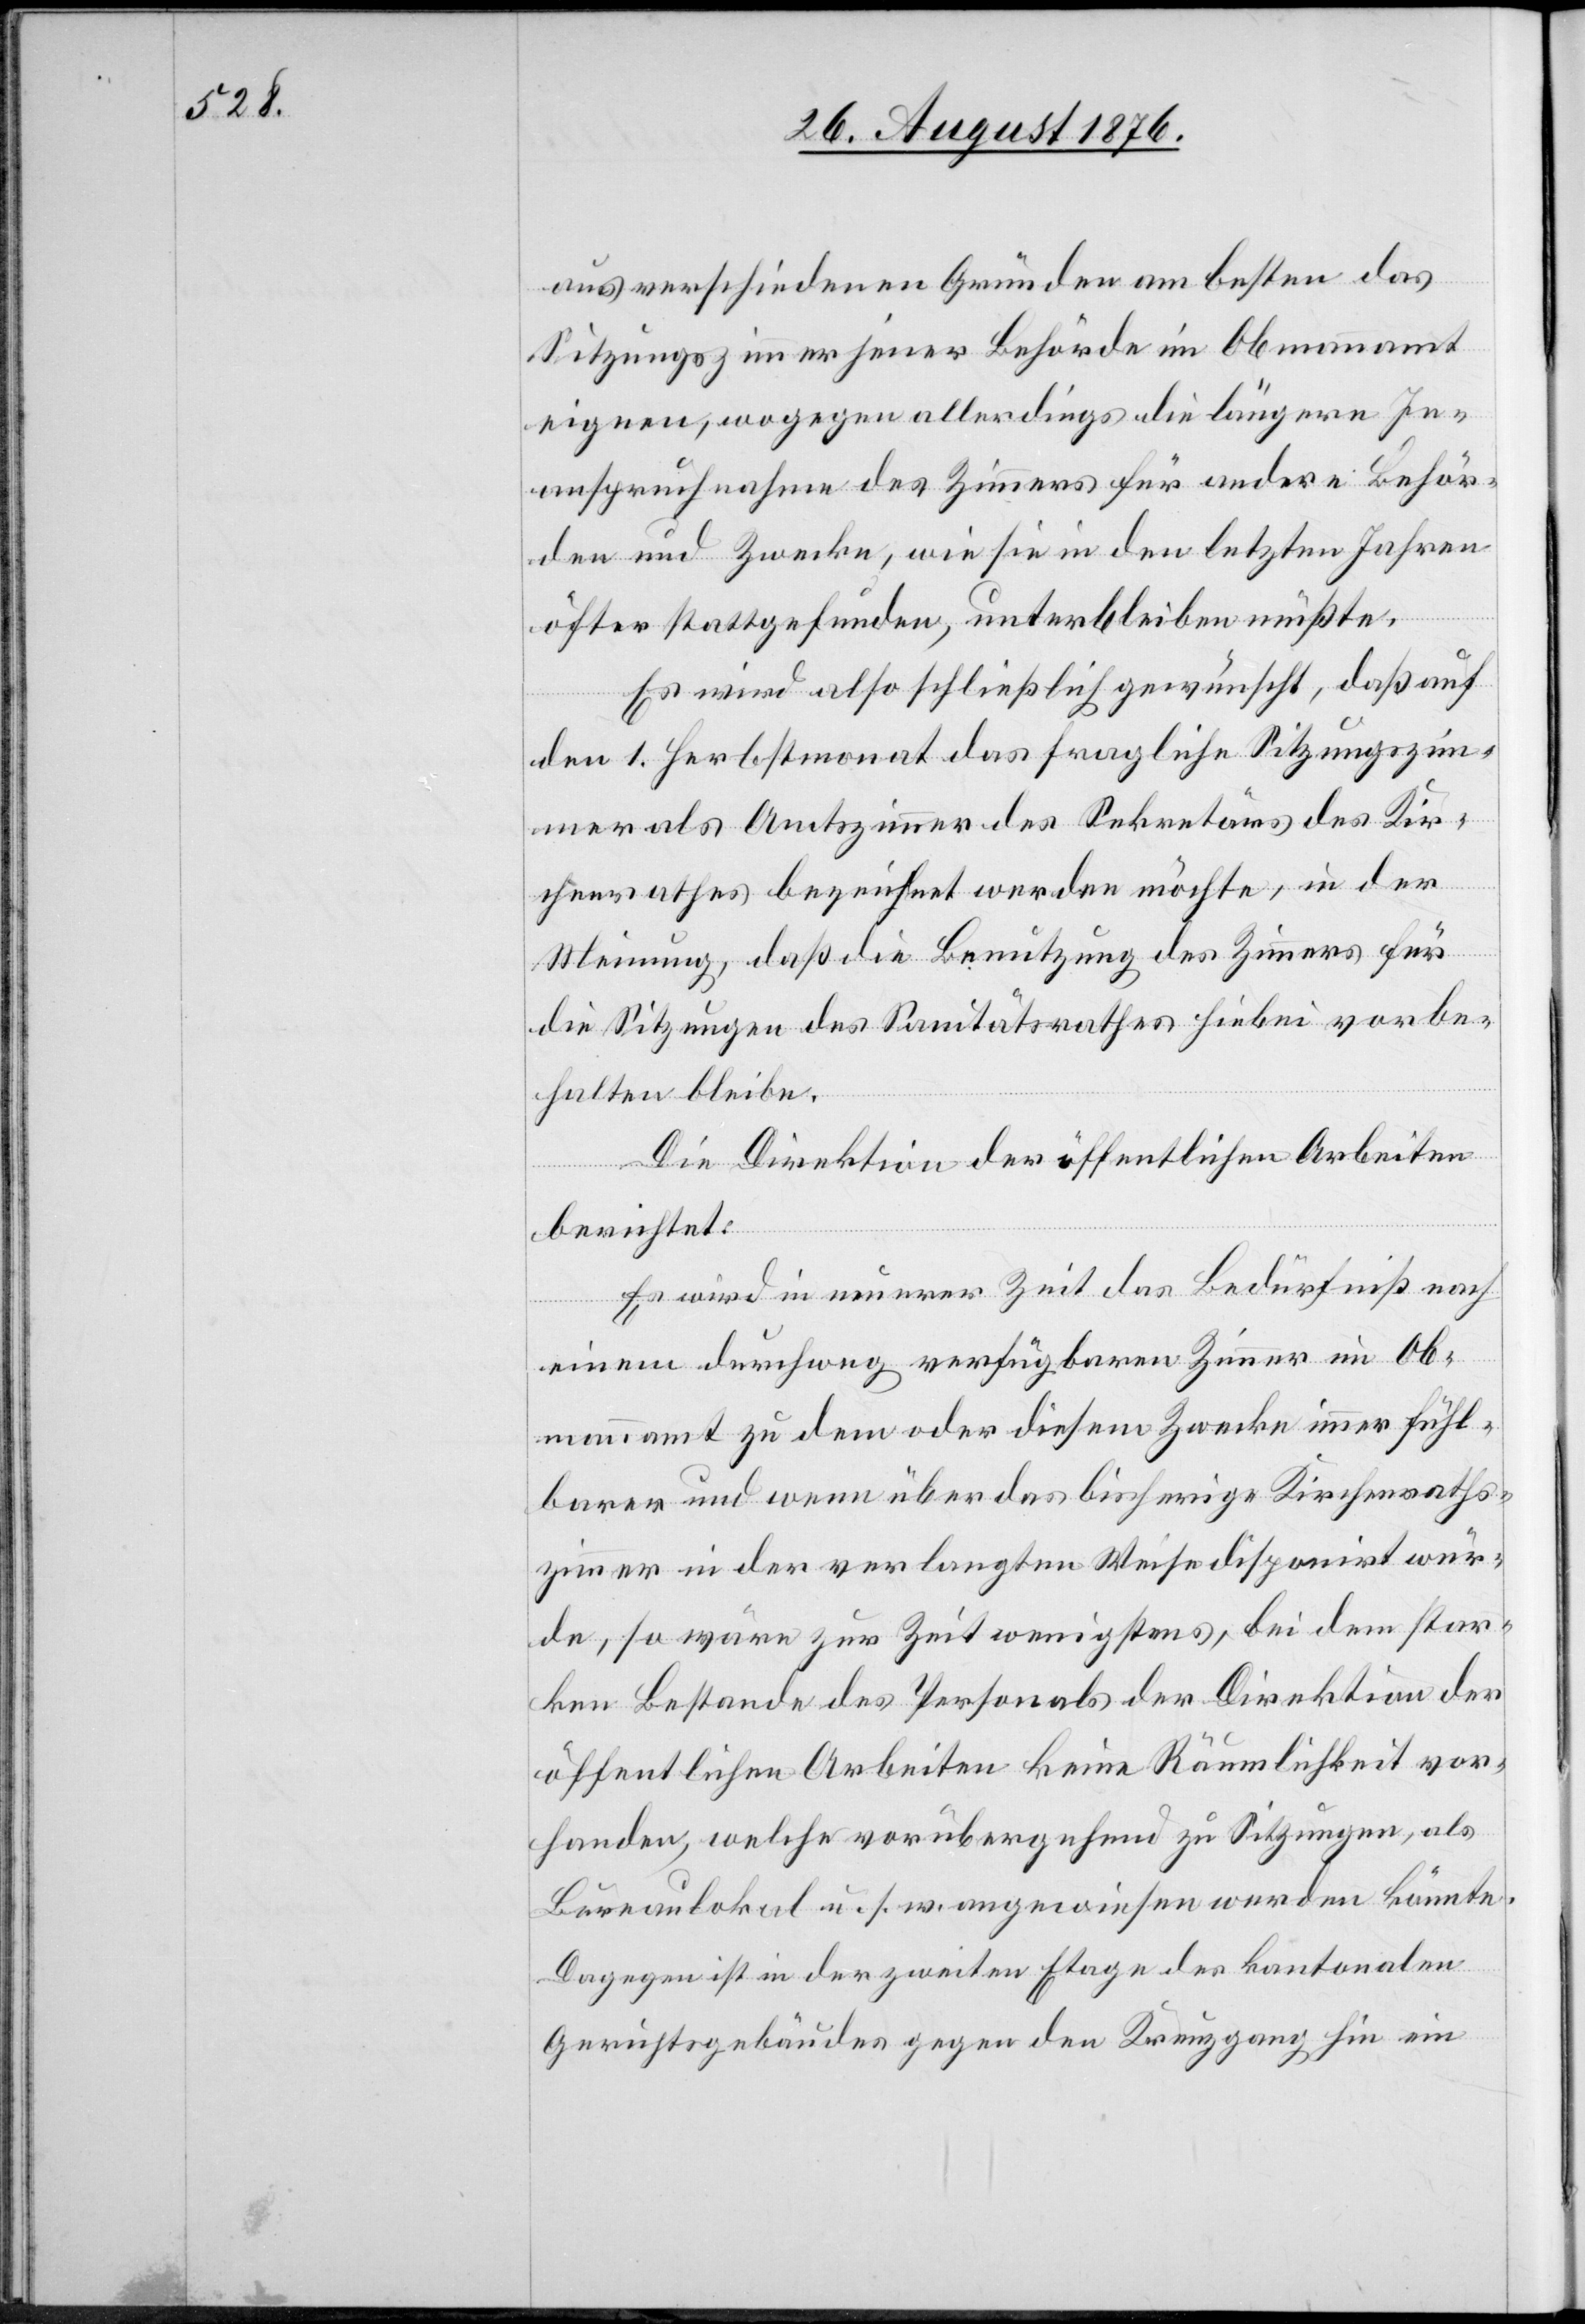
aus verschiedenen Gründen am besten das
Sitzungszimmer jener Behörde im Obmannamt
eignen, wogegen allerdings die längere In¬
anspruchnahme des Zimmers für andere Behör¬
den und Zwecke, wie sie in den letzten Jahren
öfter stattgefunden, unterbleiben müßte.
Es wird also schließlich gewünscht, daß auf
den 1. Herbstmonat das fragliche Sitzungszim¬
mer als Amtszimmer des Sekretärs des Kir¬
chenrathes bezeichnet werden möchte, in der
Meinung, daß die Benutzung des Zimmers für
die Sitzungen des Sanitätsrathes hiebei vorbe¬
halten bleibe.
Die Direktion der öffentlichen Arbeiten
berichtet:
Es wird in neuerer Zeit das Bedürfniß nach
einem durchweg verfügbaren Zimmer im Ob¬
mannamt zu dem oder diesem Zwecke immer fühl¬
barer und wenn über das bisherige Kirchenrath¬
zimmer in der verlangten Weise disponirt wür¬
de, so wäre zur Zeit wenigstens, bei dem star¬
ken Bestande des Personals der Direktion der
öffentlichen Arbeiten keine Räumlichkeit vor¬
handen, welche vorübergehend zu Sitzungen, als
Büreaulokal u. s. w. angewiesen werden könnte.
Dagegen ist in der zweiten Etage des kantonalen
Gerichtsgebäudes gegen den Kreuzgang hin ein